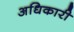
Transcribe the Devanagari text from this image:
अधिकारी